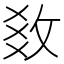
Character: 𢼫